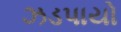
ઝડપાયો